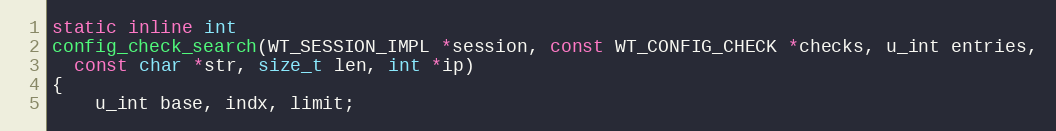
Language: C
static inline int
config_check_search(WT_SESSION_IMPL *session, const WT_CONFIG_CHECK *checks, u_int entries,
  const char *str, size_t len, int *ip)
{
    u_int base, indx, limit;